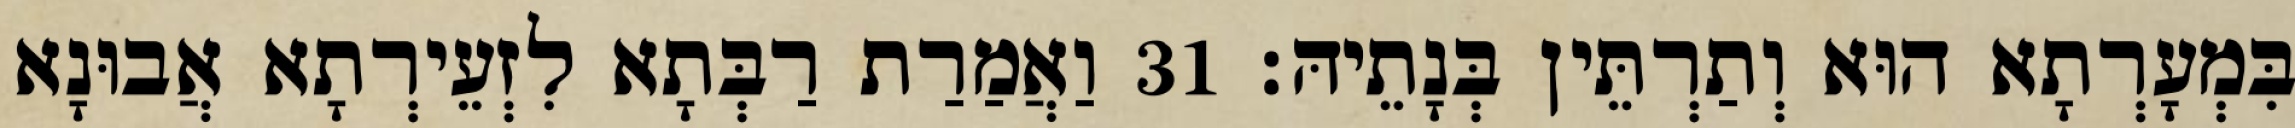
בִּמְעָרְתָא הוּא וְתַרְתֵּין בְּנָתֵיהּ׃ 31 וַאֲמַרַת רַבְּתָא לִזְעֵירְתָא אֲבוּנָא